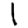
Digit: 1